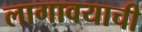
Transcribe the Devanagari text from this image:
लागावयाची